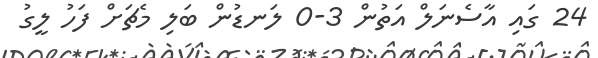
24 ގައި އާސެނަލް އަތުން 3-0 ލަނޑުން ބަލި މެޗަށް ފަހު ލީގު